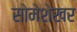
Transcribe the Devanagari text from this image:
सोमेशेखर